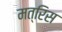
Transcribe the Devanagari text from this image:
मत्रिस